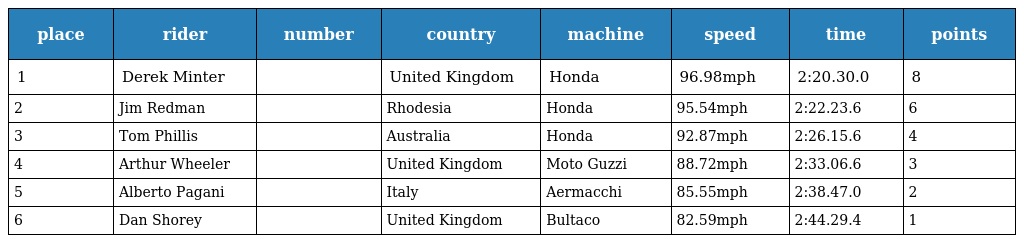
| place | rider | number | country | machine | speed | time | points |
 | --- | --- | --- | --- | --- | --- | --- | --- |
 | 1 | Derek Minter |  | United Kingdom | Honda | 96.98mph | 2:20.30.0 | 8 |
 | 2 | Jim Redman |  | Rhodesia | Honda | 95.54mph | 2:22.23.6 | 6 |
 | 3 | Tom Phillis |  | Australia | Honda | 92.87mph | 2:26.15.6 | 4 |
 | 4 | Arthur Wheeler |  | United Kingdom | Moto Guzzi | 88.72mph | 2:33.06.6 | 3 |
 | 5 | Alberto Pagani |  | Italy | Aermacchi | 85.55mph | 2:38.47.0 | 2 |
 | 6 | Dan Shorey |  | United Kingdom | Bultaco | 82.59mph | 2:44.29.4 | 1 |